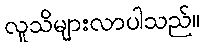
လူသိများလာပါသည်။